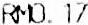
RM0.17